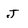
Character: J